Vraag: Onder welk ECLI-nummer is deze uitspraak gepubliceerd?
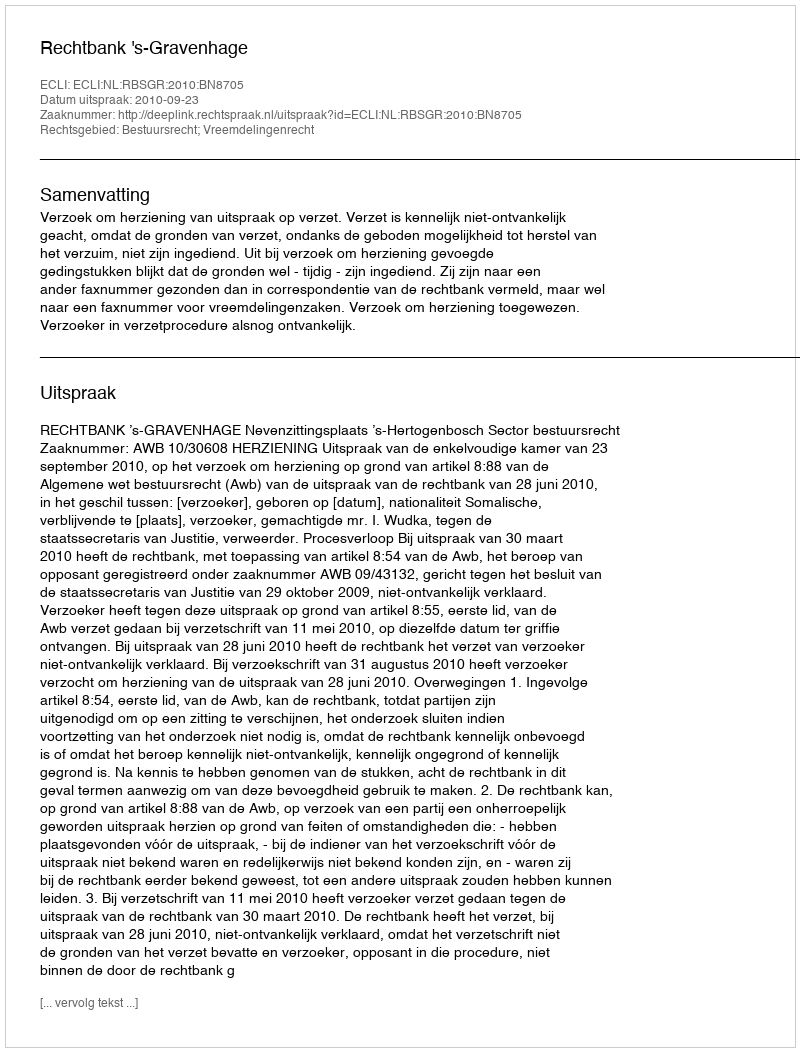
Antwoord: ECLI:NL:RBSGR:2010:BN8705